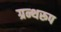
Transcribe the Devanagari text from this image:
ग्रन्थरूप